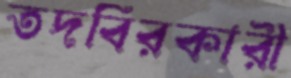
তদবিরকারী